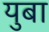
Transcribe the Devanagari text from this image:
युबा